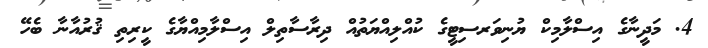
4. މަދީނާގެ އިސްލާމިކް ޔުނިވަރސިޓީގެ ކުއްލިއްޔަތުއް ދިރާސާތިލް އިސްލާމިއްޔާގެ ކީރިތި ޤުރުއާނާ ބެހޭ